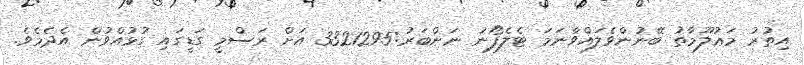
އިތުރު މަޢުލޫމާތު ބޭނުންވެލައްވާނަމަ ޓެލެފޯނު ނަންބަރު:3321295 އަށް ރަސްމީ ގަޑީގައި ގުޅުއްވުން އެދެމެވެ.